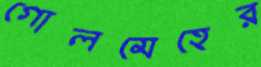
গোলমেহের